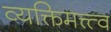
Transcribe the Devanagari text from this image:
व्यक्तिमत्त्त्व